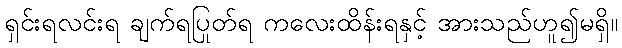
ရှင်းရလင်းရ ချက်ရပြုတ်ရ ကလေးထိန်းရနှင့် အားသည်ဟူ၍မရှိ။